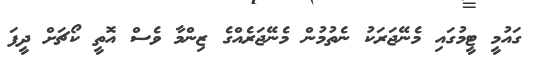
ގައުމީ ޓީމުގައި މެނޭޖަރަކު ނެތުމުން މެނޭޖަރެއްގެ ޒިންމާ ވެސް އޮތީ ކޯޗަށް ދީފަ